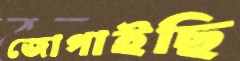
জোগাইছি